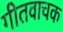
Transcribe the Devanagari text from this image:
गीतवाचक